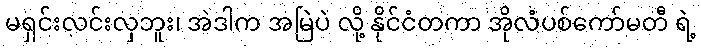
မရှင်းလင်းလှဘူး၊ အဲဒါက အမြဲပဲ လို့ နိုင်ငံတကာ အိုလံပစ်ကော်မတီ ရဲ့